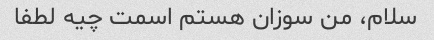
سلام، من سوزان هستم اسمت چیه لطفا